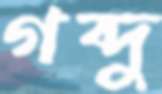
গব্দু